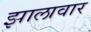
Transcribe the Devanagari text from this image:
झालावार